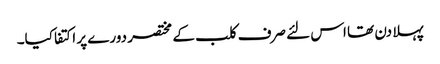
پہلا دن تھا اس لئے صرف کلب کے مختصر دورے پر اکتفا کیا۔